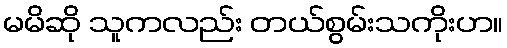
မမိဆို သူကလည်း တယ်စွမ်းသကိုးဟ။